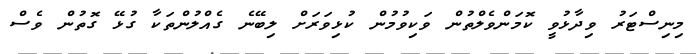
މިނިސްޓަރު ވިދާޅުވީ ކޮމަންވެލްތުން ވަކިވުމުން ކުޅިވަރަށް ލިބޭނެ ގެއްލުންތަކާ ގުޅޭ ގޮތުން ވެސް